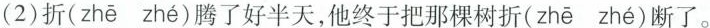
(2)折( zhē zhé )腾了好半天，他终于把那棵树折( zhē zhé )断了。